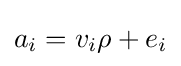
a_{i}=v_{i}\rho +e_{i}